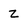
Character: Z